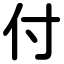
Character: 付